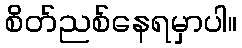
စိတ်ညစ်နေရမှာပါ။